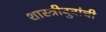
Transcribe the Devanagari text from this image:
शास्त्रीबुवांची